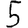
Digit: 5